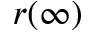
r ( \infty )